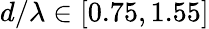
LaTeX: d/\lambda\in[0.75,1.55]